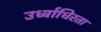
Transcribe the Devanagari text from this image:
उर्ध्वाधिरता